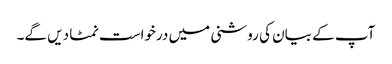
آپ کے بیان کی روشنی میں درخواست نمٹا دیں گے۔